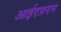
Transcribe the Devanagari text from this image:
आईएफ़एस